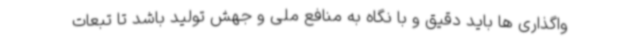
واگذاری ها باید دقیق و با نگاه به منافع ملی و جهش تولید باشد تا تبعات